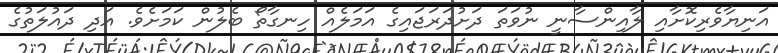
އަނިޔާވެރިކޮށާއި ލާއިންސާނީ ނުވަތަ ދަށުދަރަޖައިގެ އަމަލެއް ހިނގާތޯ ބެލުން ކަމަށެވެ. އަދި ދައުލަތުގެ